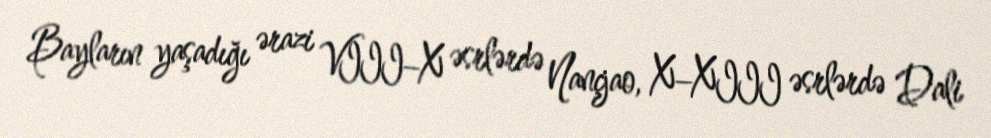
Bayların yaşadığı ərazi VIII–X əsrlərdə Nançjao, X–XIII əsrlərdə Dali